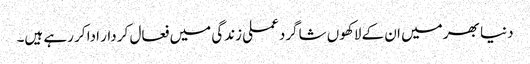
دنیا بھر میں ان کے لاکھوں شاگرد عملی زندگی میں فعال کر دار ادا کر رہے ہیں۔